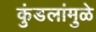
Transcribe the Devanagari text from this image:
कुंडलांमुळे